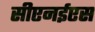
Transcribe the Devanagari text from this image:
सीएनईएस